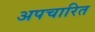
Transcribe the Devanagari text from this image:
अपचारित